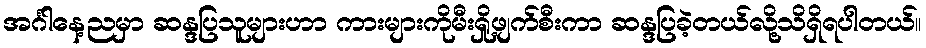
အင်္ဂါနေ့ညမှာ ဆန္ဒပြသူများဟာ ကားများကိုမီးရှို့ဖျက်စီးကာ ဆန္ဒပြခဲ့တယ်လို့သိရှိရပါတယ်။